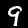
Label: 9